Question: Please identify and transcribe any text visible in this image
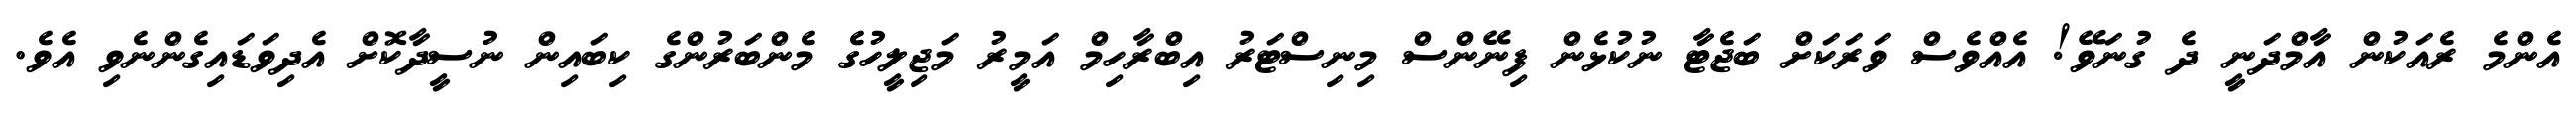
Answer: އެންމެ ރެއަކުން އާމްދަނީ ދެ ގުނަވޭ! އެއްވެސް ވަރަކަށް ބަޖެޓާ ނުކުޅެން ފިނޭންސް މިނިސްޓަރު އިބްރާހިމް އަމީރު މަޖިލީހުގެ މެންބަރުންގެ ކިބައިން ނުސީދާކޮށް އެދިވަޑައިގެންނެވި އެވެ.